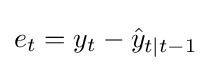
{\textstyle e_{t}=y_{t}-{\hat {y}}_{t\mid t-1}}